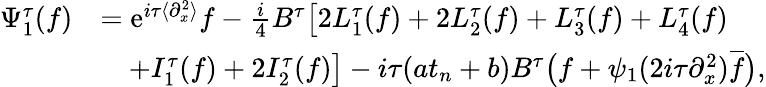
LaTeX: \begin{array}{rl}{\Psi_{1}^{\tau}(f)}&{=\mathrm{e}^{i\tau\langle\partial_{x}^{2}\rangle}f-\frac{i}{4}B^{\tau}\big[2L_{1}^{\tau}(f)+2L_{2}^{\tau}(f)+L_{3}^{\tau}(f)+L_{4}^{\tau}(f)}\\ &{\quad+I_{1}^{\tau}(f)+2I_{2}^{\tau}(f)\big]-i\tau(at_{n}+b)B^{\tau}\big(f+\psi_{1}(2i\tau\partial_{x}^{2})\overline{{f}}\big),}\end{array}